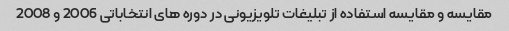
مقایسه و مقایسه استفاده از تبلیغات تلویزیونی در دوره های انتخاباتی 2006 و 2008